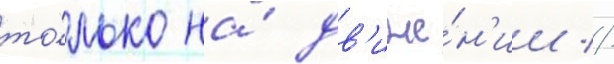
то́лько на́ дв'иже́н'ии //